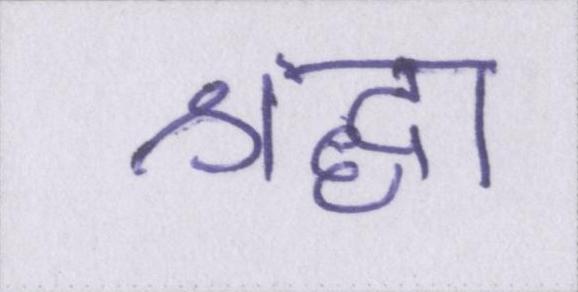
श्रद्धा